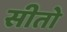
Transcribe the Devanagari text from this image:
सीतो